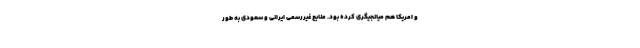
و امریکا هم میانجیگری کرده بود. منابع غیررسمی ایرانی و سعودی به طور